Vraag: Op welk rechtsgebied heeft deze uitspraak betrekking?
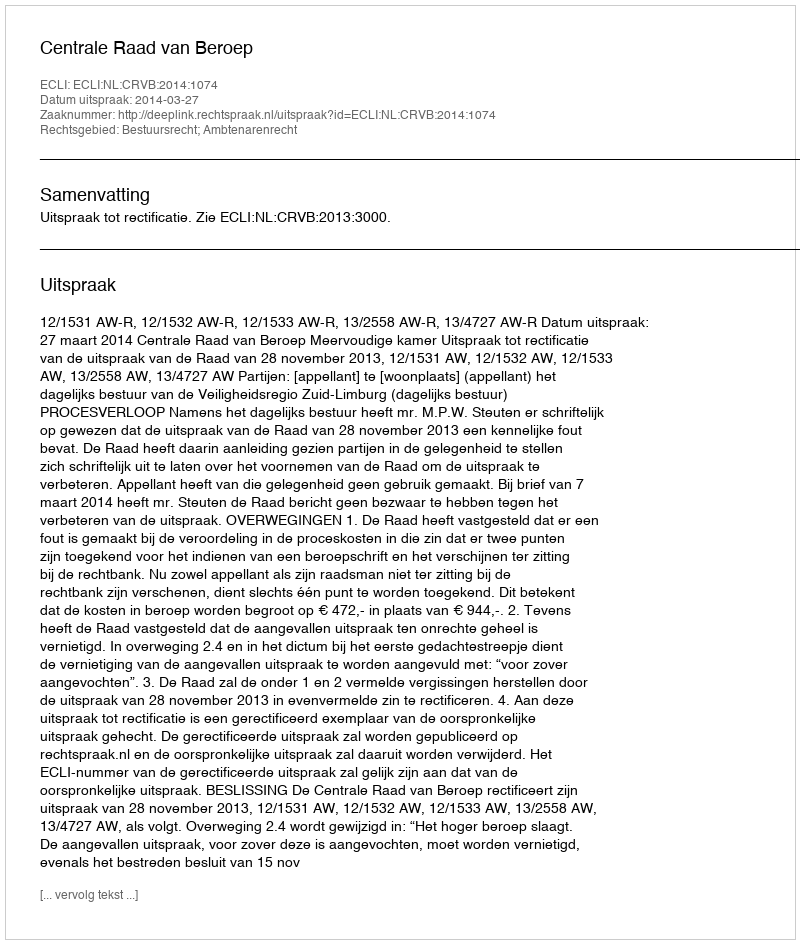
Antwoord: Bestuursrecht; Ambtenarenrecht